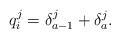
LaTeX: \begin{align*}q^j_i=\delta^j_{a-1}+\delta^j_{a}.\end{align*}